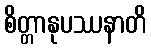
စိတ္တာနုပဿနာတိ